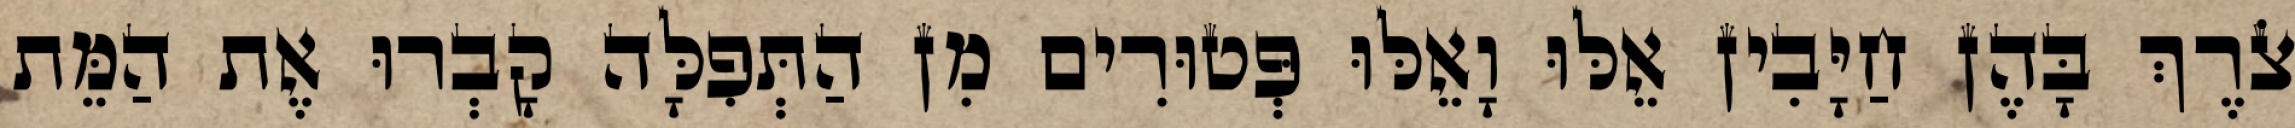
צֹרֶךְ בָּהֶן חַיָּבִין אֵלּוּ וָאֵלּוּ פְּטוּרִים מִן הַתְּפִלָּה קָבְרוּ אֶת הַמֵּת